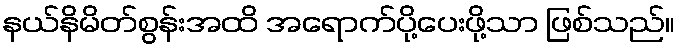
နယ်နိမိတ်စွန်းအထိ အရောက်ပို့ပေးဖို့သာ ဖြစ်သည်။